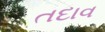
તદાવ